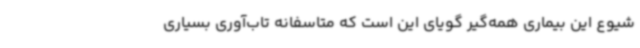
شیوع این بیماری همه‌گیر گویای این است که متاسفانه تاب‌آوری بسیاری